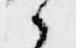
候